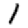
Digit: 1